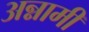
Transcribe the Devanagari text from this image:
अन्नामी